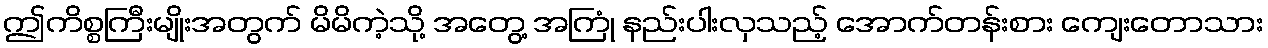
ဤကိစ္စကြီးမျိုးအတွက် မိမိကဲ့သို့ အတွေ့ အကြုံ နည်းပါးလှသည့် အောက်တန်းစား ကျေးတောသား